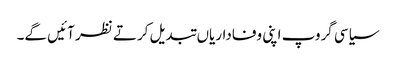
سیاسی گروپ اپنی وفاداریاں تبدیل کرتے نظر آئیں گے۔